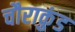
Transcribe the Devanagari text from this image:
चौराकुंड